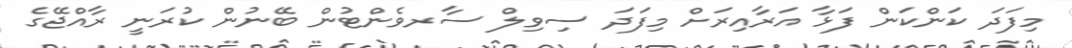
މިފަދަ ކަންކަން ފަޅާ އަރާއިރަށް މިފަދަ ސިވިލް ސާރވެންޓުން ބޭނުން ކުރަނީ ރާއްޖޭގެ